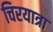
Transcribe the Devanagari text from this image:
चिरयात्रा